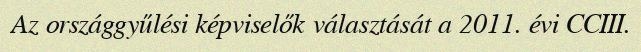
Az országgyűlési képviselők választását a 2011. évi CCIII.